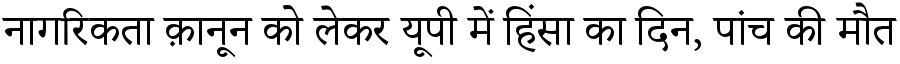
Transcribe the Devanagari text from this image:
नागरिकता क़ानून को लेकर यूपी में हिंसा का दिन, पांच की मौत